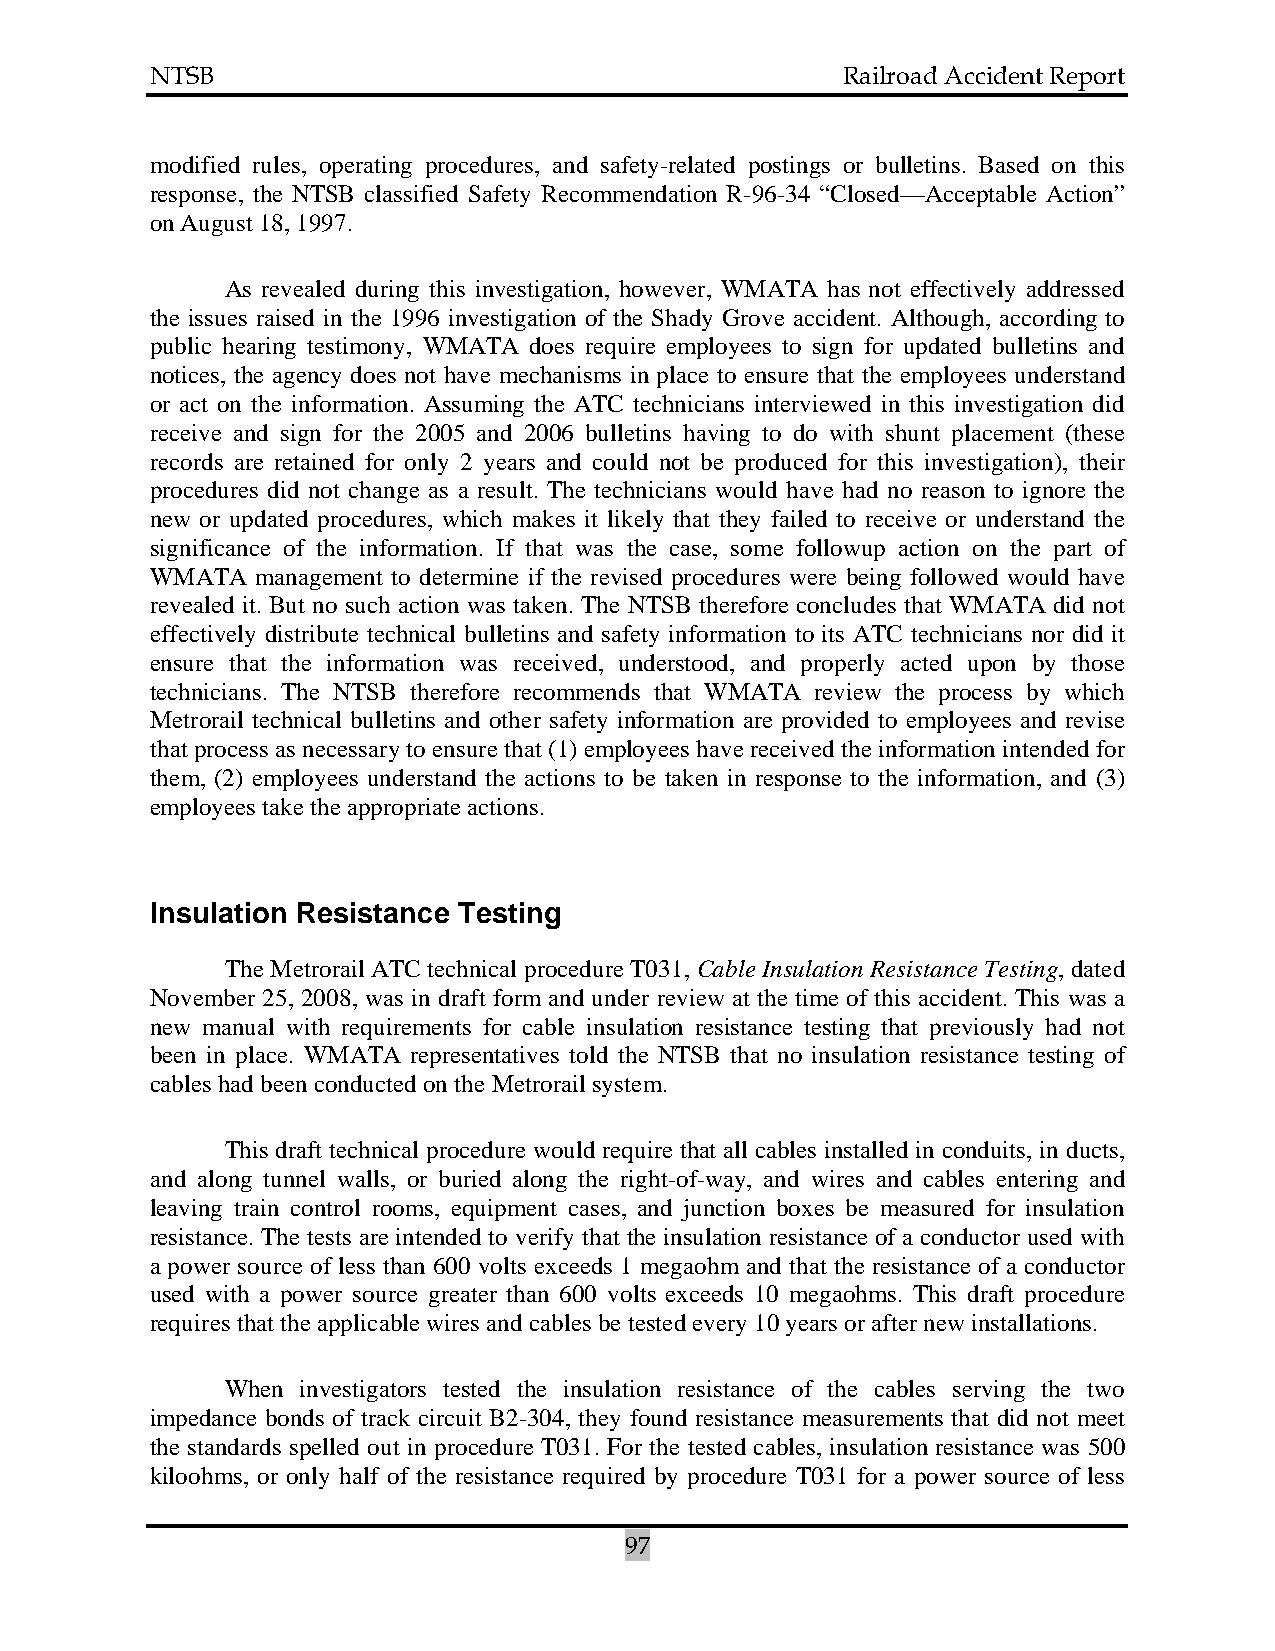
NTSB                                          Railroad Accident Report
 modified rules, operating procedures, and safety-related postings or bulletins. Based on this
 response, the NTSB classified Safety Recommendation R-96-34 “Closed—Acceptable Action”
 on August 18, 1997.
 As revealed during this investigation, however, WMATA has not effectively addressed
 the issues raised in the 1996 investigation of the Shady Grove accident. Although, according to
 public hearing testimony, WMATA does require employees to sign for updated bulletins and
 notices, the agency does not have mechanisms in place to ensure that the employees understand
 or act on the information. Assuming the ATC technicians interviewed in this investigation did
 receive and sign for the 2005 and 2006 bulletins having to do with shunt placement (these
 records are retained for only 2 years and could not be produced for this investigation), their
 procedures did not change as a result. The technicians would have had no reason to ignore the
 new or updated procedures, which makes it likely that they failed to receive or understand the
 significance of the information. If that was the case, some followup action on the part of
 WMATA  management to determine if the revised procedures were being followed would have
 revealed it. But no such action was taken. The NTSB therefore concludes that WMATA did not
 effectively distribute technical bulletins and safety information to its ATC technicians nor did it
 ensure that the information was received, understood, and properly acted upon by those
 technicians. The NTSB therefore recommends that WMATA review the process by which
 Metrorail technical bulletins and other safety information are provided to employees and revise
 that process as necessary to ensure that (1) employees have received the information intended for
 them, (2) employees understand the actions to be taken in response to the information, and (3)
 employees take the appropriate actions.
 Insulation Resistance Testing
 The Metrorail ATC technical procedure T031, Cable Insulation Resistance Testing, dated
 November 25, 2008, was in draft form and under review at the time of this accident. This was a
 new manual with requirements for cable insulation resistance testing that previously had not
 been in place. WMATA representatives told the NTSB that no insulation resistance testing of
 cables had been conducted on the Metrorail system.
 This draft technical procedure would require that all cables installed in conduits, in ducts,
 and along tunnel walls, or buried along the right-of-way, and wires and cables entering and
 leaving train control rooms, equipment cases, and junction boxes be measured for insulation
 resistance. The tests are intended to verify that the insulation resistance of a conductor used with
 a power source of less than 600 volts exceeds 1 megaohm and that the resistance of a conductor
 used with a power source greater than 600 volts exceeds 10 megaohms. This draft procedure
 requires that the applicable wires and cables be tested every 10 years or after new installations.
 When investigators tested the insulation resistance of the cables serving the two
 impedance bonds of track circuit B2-304, they found resistance measurements that did not meet
 the standards spelled out in procedure T031. For the tested cables, insulation resistance was 500
 kiloohms, or only half of the resistance required by procedure T031 for a power source of less
 97